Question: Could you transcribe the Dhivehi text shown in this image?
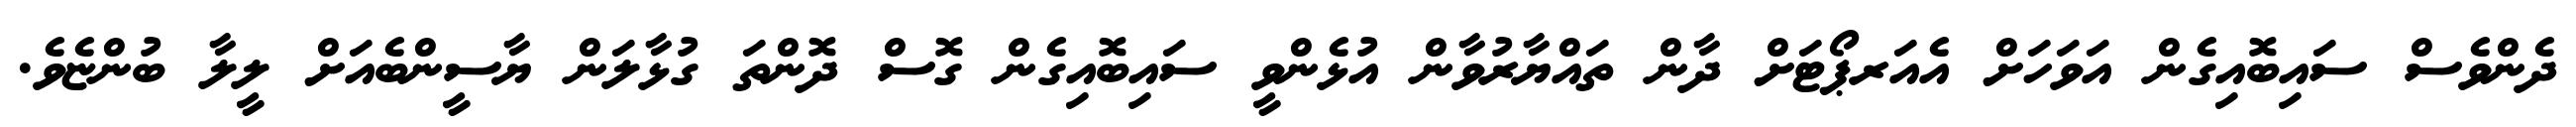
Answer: ދެންވެސް ސައިބޮއިގެން އަވަހަށް އެއަރޕޯޓަށް ދާން ތައްޔާރުވާން އުޅެންވީ ސައިބޮއިގެން ގޮސް ދޮންތަ ގުޅާލަން ޔާސީންބެއަށް ލީލާ ބުންޏެވެ.